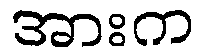
အားက